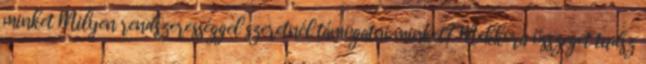
minket Milyen rendszerességgel szeretnél támogatni minket? Mekkora összeget tudsz